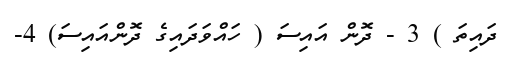
ދައިތަ ) 3 - ދޮން އައިސަ ( ހައްވަދައިގެ ދޮންއައިސަ) 4-